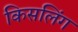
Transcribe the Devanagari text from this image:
किसलिंग